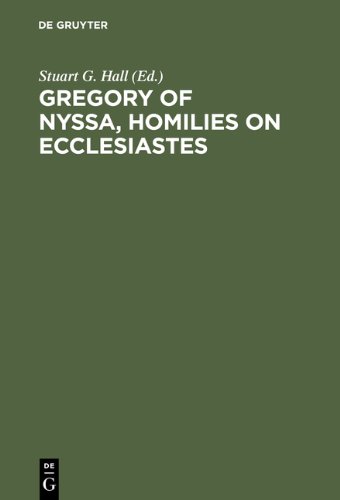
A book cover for Gregory of Nyssa, Homilies on Ecclesiastes: An English Version with Supporting Studies. Proceedings of the Seventh International Colloquium on Gregory; Christian Books & Bibles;